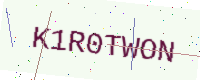
Text: K1R0TWON